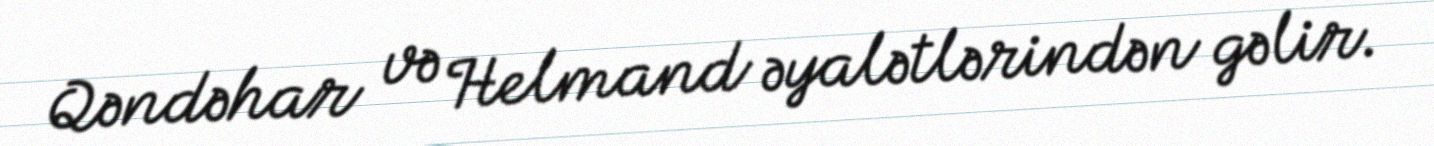
Qəndəhar və Helmand əyalətlərindən gəlir.